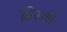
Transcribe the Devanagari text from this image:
ह्वीस्की